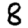
Digit: 8